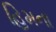
હિમના